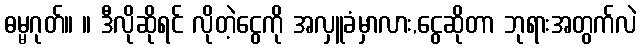
ဓမ္မဂုတ်။ ။ ဒီလိုဆိုရင် လိုတဲ့ငွေကို အလှူခံမှာလား,ငွေဆိုတာ ဘုရားအတွက်လဲ